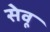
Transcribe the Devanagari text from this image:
सेवू